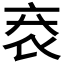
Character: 𧘙